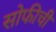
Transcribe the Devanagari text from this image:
सोफीची